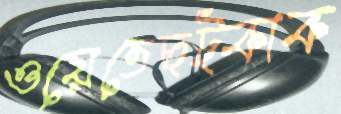
ওয়েতেছট্‌কাক